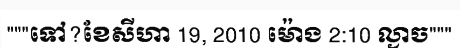
"""ទៅ?ខែសីហា 19, 2010 ម៉ោង 2:10 ល្ងាច"""